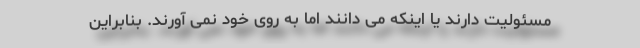
مسئولیت دارند یا اینکه می دانند اما به روی خود نمی آورند. بنابراین